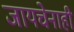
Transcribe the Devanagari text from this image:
जायचेनाही